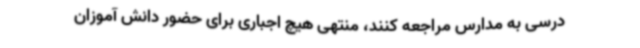
درسی به مدارس مراجعه کنند، منتهی هیچ اجباری برای حضور دانش آموزان